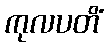
ကုလပတိံ